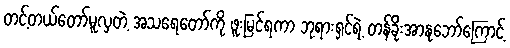
တင့်တယ်တော်မူလှတဲ့ အသရေတော်ကို ဖူးမြင်ရကာ ဘုရားရှင်ရဲ့ တန်ခိုးအာနုဘော်ကြောင့်